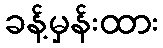
ခန့်မှန်းထား